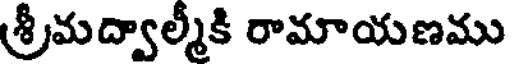
శ్రీమద్వాల్మీకి రామాయణము